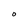
Character: O